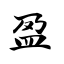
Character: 盈